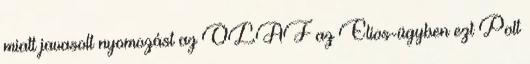
miatt javasolt nyomozást az OLAF az Elios-ügyben ezt Polt